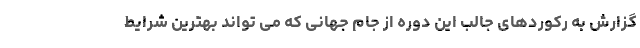
گزارش به رکوردهای جالب این دوره از جام جهانی که می تواند بهترین شرایط